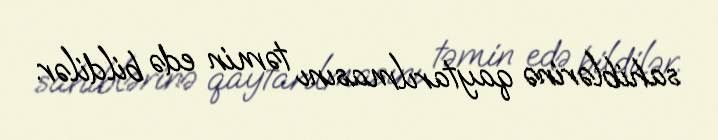
sahiblərinə qaytarılmasını təmin edə bildilər.